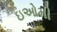
ઇઓમી